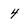
Character: 4